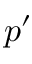
p ^ { \prime }